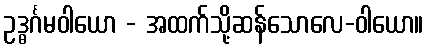
ဥဒ္ဓင်္ဂမဝါယော - အထက်သို့ဆန်သောလေ-ဝါယော။